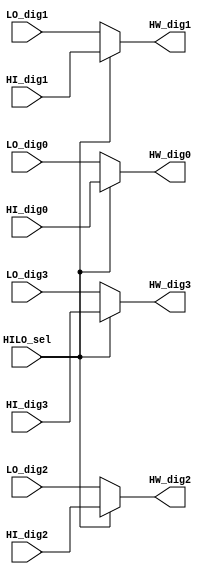
`timescale 1ns / 1ps
//////////////////////////////////////////////////////////////////////////////////
// Company: 
// Engineer: 
// 
// Design Name: 
// Module Name: HILO_mux
// Project Name: 
// Target Devices: 
// Tool Versions: 
// Description: 
// 
// Dependencies: 
// 
// Revision:
// Revision 0.01 - File Created
// Additional Comments:
// 
//////////////////////////////////////////////////////////////////////////////////


module HILO_mux(
         input  wire [3:0] HI_dig3,
         input  wire [3:0] HI_dig2,
         input  wire [3:0] HI_dig1,
         input  wire [3:0] HI_dig0,
         input  wire [3:0] LO_dig3,
         input  wire [3:0] LO_dig2,
         input  wire [3:0] LO_dig1,
         input  wire [3:0] LO_dig0,
         input  wire       HILO_sel,
         output wire [3:0] HW_dig3,
         output wire [3:0] HW_dig2,
         output wire [3:0] HW_dig1,
         output wire [3:0] HW_dig0
              );
              
     assign HW_dig3 = HILO_sel ? HI_dig3 : LO_dig3;
     assign HW_dig2 = HILO_sel ? HI_dig2 : LO_dig2;
     assign HW_dig1 = HILO_sel ? HI_dig1 : LO_dig1;
     assign HW_dig0 = HILO_sel ? HI_dig0 : LO_dig0;

endmodule